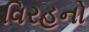
વિરહનો